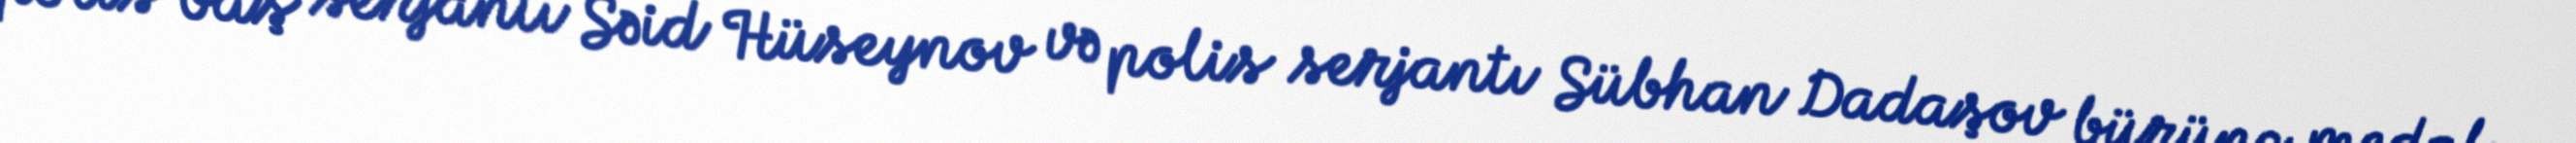
polis baş serjantı Səid Hüseynov və polis serjantı Sübhan Dadaşov bürünc medal